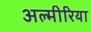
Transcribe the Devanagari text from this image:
अल्मीरिया